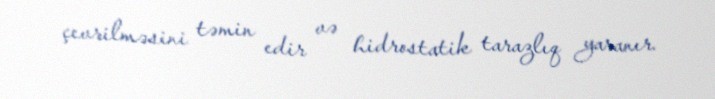
çevrilməsini təmin edir və hidrostatik tarazlıq yaranır.